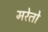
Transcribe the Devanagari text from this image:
मरेतो